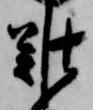
難